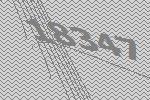
18347